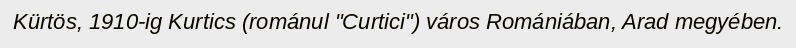
Kürtös, 1910-ig Kurtics (románul "Curtici") város Romániában, Arad megyében.